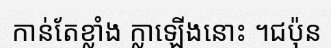
កាន់តែខ្លាំង ក្លាឡើងនោះ ។ជប៉ុន